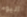
اليوم